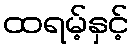
ထရမ့်နှင့်